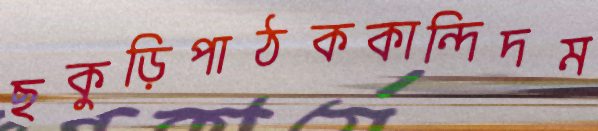
ছকুড়িপাঠককান্দিদম